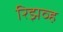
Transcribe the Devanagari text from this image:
रिझव्ह